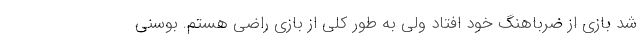
شد بازی از ضرباهنگ خود افتاد ولی به طور کلی از بازی راضی هستم. بوسنی